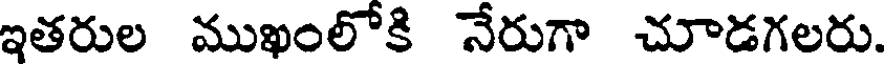
ఇతరుల ముఖంలోకి నేరుగా చూడగలరు.